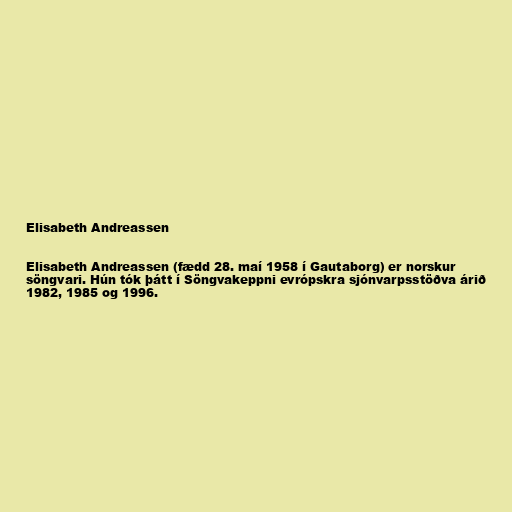
Elisabeth Andreassen

Elisabeth Andreassen (fædd 28. maí 1958 í Gautaborg) er norskur
söngvari. Hún tók þátt í Söngvakeppni evrópskra sjónvarpsstöðva árið
1982, 1985 og 1996.